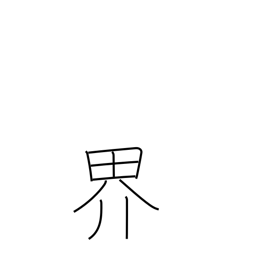
Meaning: boundary